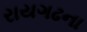
રાયગઢના